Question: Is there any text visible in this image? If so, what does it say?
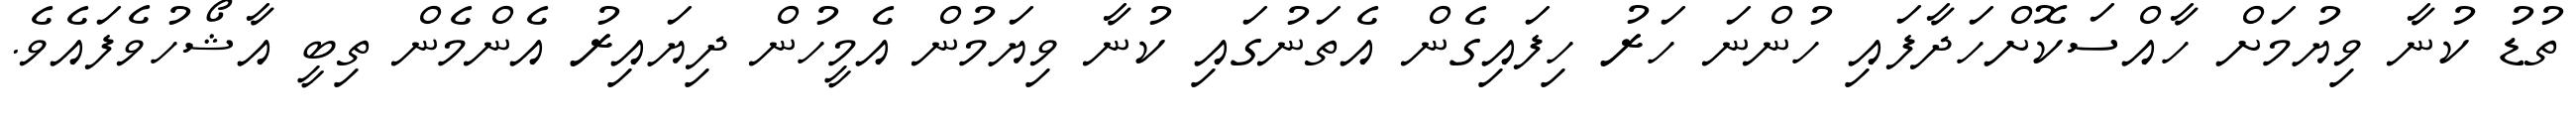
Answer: ތުޑު ކުނާ ވިޔުމަށް ހާއްސަކޮށްހަދާފައި ހުންނަ ހަރު ހިފައިގެން އެތަނުގައި ކުނާ ވިޔަމުން އެމީހުން ދިޔައިރު އެންމެން ތިބީ އާޝޯހުވެފައެވެ.